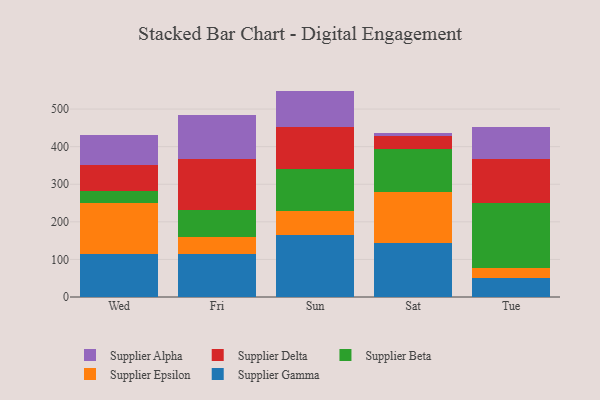
{"axis": {"x": "Day", "y": "Demand Index"}, "legend": ["Supplier Alpha", "Supplier Beta", "Supplier Delta", "Supplier Epsilon", "Supplier Gamma"], "data": [{"x": "Wed", "y": 115.7, "type": "Supplier Gamma"}, {"x": "Wed", "y": 134.6, "type": "Supplier Epsilon"}, {"x": "Wed", "y": 32.2, "type": "Supplier Beta"}, {"x": "Wed", "y": 68.9, "type": "Supplier Delta"}, {"x": "Wed", "y": 79.8, "type": "Supplier Alpha"}, {"x": "Fri", "y": 113.4, "type": "Supplier Gamma"}, {"x": "Fri", "y": 45.1, "type": "Supplier Epsilon"}, {"x": "Fri", "y": 73.2, "type": "Supplier Beta"}, {"x": "Fri", "y": 136.7, "type": "Supplier Delta"}, {"x": "Fri", "y": 116.7, "type": "Supplier Alpha"}, {"x": "Sun", "y": 164.3, "type": "Supplier Gamma"}, {"x": "Sun", "y": 63.5, "type": "Supplier Epsilon"}, {"x": "Sun", "y": 113.9, "type": "Supplier Beta"}, {"x": "Sun", "y": 109.7, "type": "Supplier Delta"}, {"x": "Sun", "y": 97.1, "type": "Supplier Alpha"}, {"x": "Sat", "y": 144.2, "type": "Supplier Gamma"}, {"x": "Sat", "y": 135.5, "type": "Supplier Epsilon"}, {"x": "Sat", "y": 113.7, "type": "Supplier Beta"}, {"x": "Sat", "y": 35.7, "type": "Supplier Delta"}, {"x": "Sat", "y": 7.1, "type": "Supplier Alpha"}, {"x": "Tue", "y": 50.3, "type": "Supplier Gamma"}, {"x": "Tue", "y": 27.0, "type": "Supplier Epsilon"}, {"x": "Tue", "y": 171.5, "type": "Supplier Beta"}, {"x": "Tue", "y": 119.4, "type": "Supplier Delta"}, {"x": "Tue", "y": 83.4, "type": "Supplier Alpha"}]}